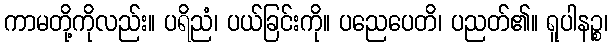
ကာမတို့ကိုလည်း။ ပရိညံ၊ ပယ်ခြင်းကို။ ပညေပေတိ၊ ပညတ်၏။ ရူပါနဉ္စ၊